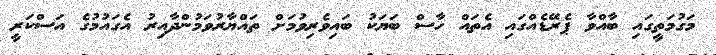
މަގުމަތީގައި ބާއްވާ ޕެރޭޑެއްގައި އެތައް ހާސް ބަޔަކު ބައިވެރިވުމަށް ތައްޔާރުވަމުންދާއިރު އެގައުމުގެ އަސްކަރީ